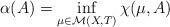
LaTeX: \begin{align*}\alpha(A)=\inf_{\mu \in \mathcal{M}(X,T)}\chi(\mu, A)\end{align*}